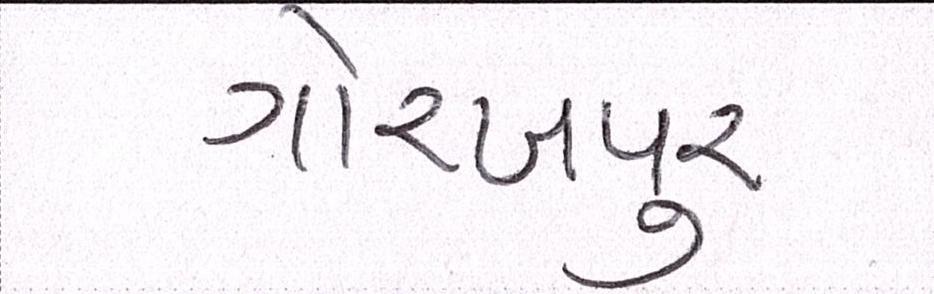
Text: ગોરખપુરઃ